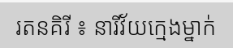
រតនគិរី ៖ នារីវ័យក្មេងម្នាក់